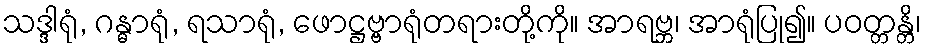
သဒ္ဒါရုံ, ဂန္ဓာရုံ, ရသာရုံ, ဖောဋ္ဌဗ္ဗာရုံတရားတို့ကို။ အာရဗ္ဘ၊ အာရုံပြု၍။ ပဝတ္တန္တိ၊